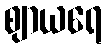
ဈာယရေ